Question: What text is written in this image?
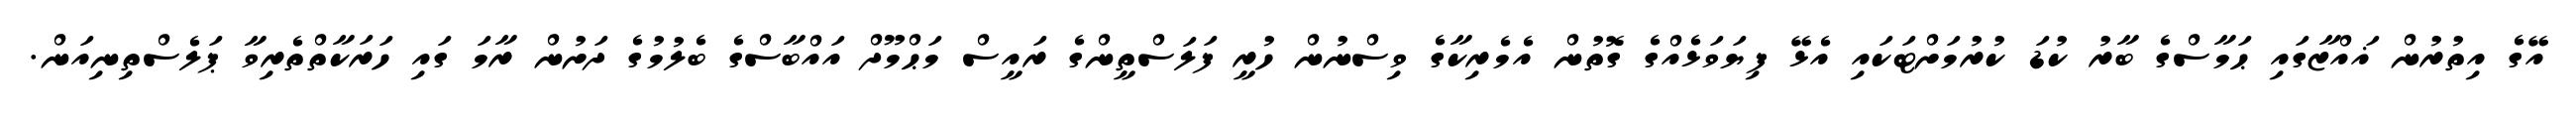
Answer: އޭގެ އިތުރުން ޣައްޒާގައި ޙަމާސްގެ ބާރު ކުޑަ ކުރުމަށްޓަކައި އެޅޭ ފިޔަވަޅެއްގެ ގޮތުން އެމެރިކާގެ ވިސްނުން ހުރީ ފަލަސްތީންގެ ރައީސް މަޙްމޫދް އައްބާސްގެ ބެލުމުގެ ދަށުން ރާމަ ގައި ހަރަކާތްތެރިވާ ޕަލެސްތިނިއަން.